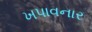
ખપાવનાર